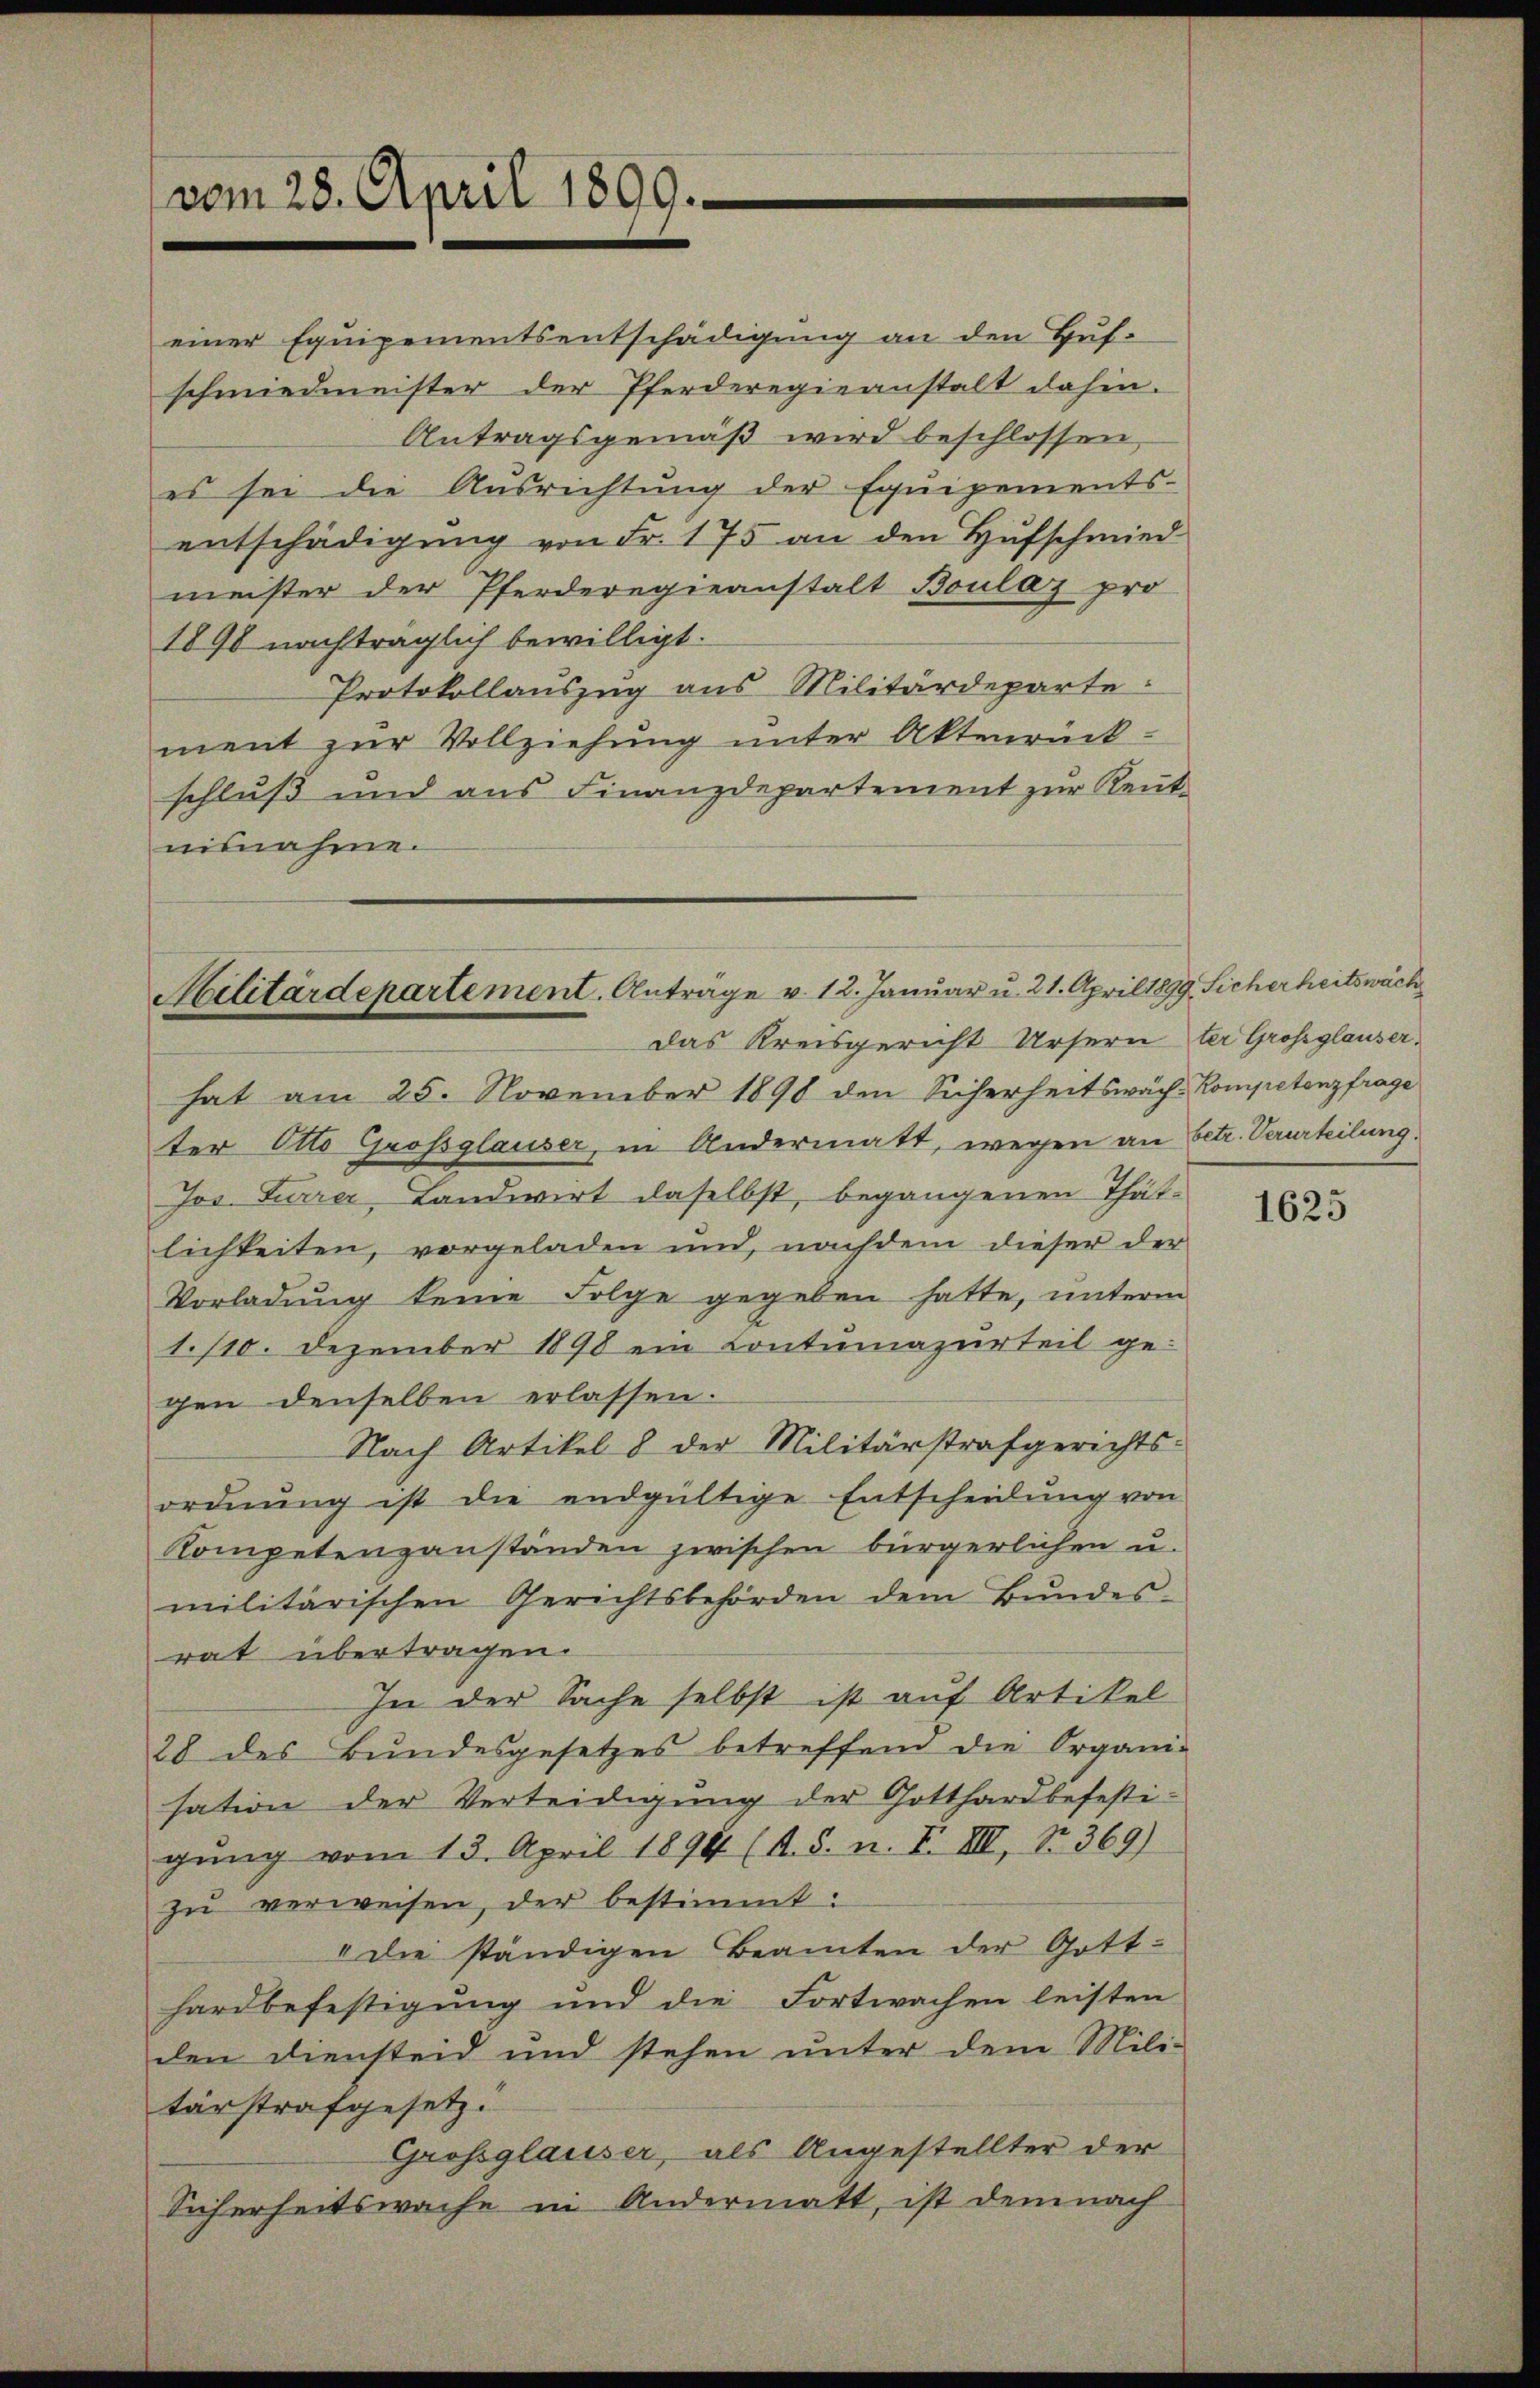
vom 28. April 1899.

einer Equipementsentschädigung an den Hufschmiedmeister der Pferderegieanstalt dahin.
Antragsgemäß wird beschlossen
es sei die Ausrichtung der Equipements-
entschädigung von Fr. 175 an den Hufschmied
meister der Pferderegieanstalt Boulay pro
1898 nachträglich bewilligt.
Protokollauszug aus Militärdeparte:
ment zur Vollziehung unter Aktenrück-
schluß und aus Finanzdepartement zur Reutnisnahme.

Militärdepartement. Anträge v. 12. Januar u. 21. April 1899. Sicherheitswäch
Das Kreisgericht Ursern der Großglauser¬

hat am 25. November 1890 den Sicherheitswach Kompetenzfrage
ter Otto Großglauser, in Andermatt, wegen an betr. Verurteilung.
Jos. Furrer, Landwirt daselbst, begangenen Thätlichkeiten, vorgeladen und, nachdem dieser der
Vorladung keine Folge gegeben hatte, unterm
1./10. Dezember 1898 ein Contumazurteil ge-
gen denselben erlassen.
Nach Artikel 8 der Militärstrafgerichts-
ordnŭng ist die endgültige Entscheidŭng von
Kompetenzanständen zwischen bürgerlichen u.
militärischen Gerichtsbehörden dem Bundes-
rat übertragen.
In der Sache selbst ist auf Artikel
28 des Bundesgesetzes betreffend die Organi-
sation der Verteidigung der Gotthard befesti-
gung vom 13. April 1891 (s. S. n. F. VII, Nr. 369)
zŭ verweisen, der bestimmt:
" die ständigen Beamten der Gott-
hardbefestigung und die Fortwachen leisten
den Diensteid und stehen unter dem Mili-
tärstrafgesetz.
Grossglauser, als Angestellter der
Sicherheitswache in Andermatt, ist demnach

1625